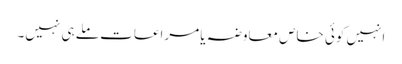
انہیں کوئی خاص معاوضہ یا مراعات ملے ہی نہیں۔